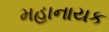
મહાનાયક